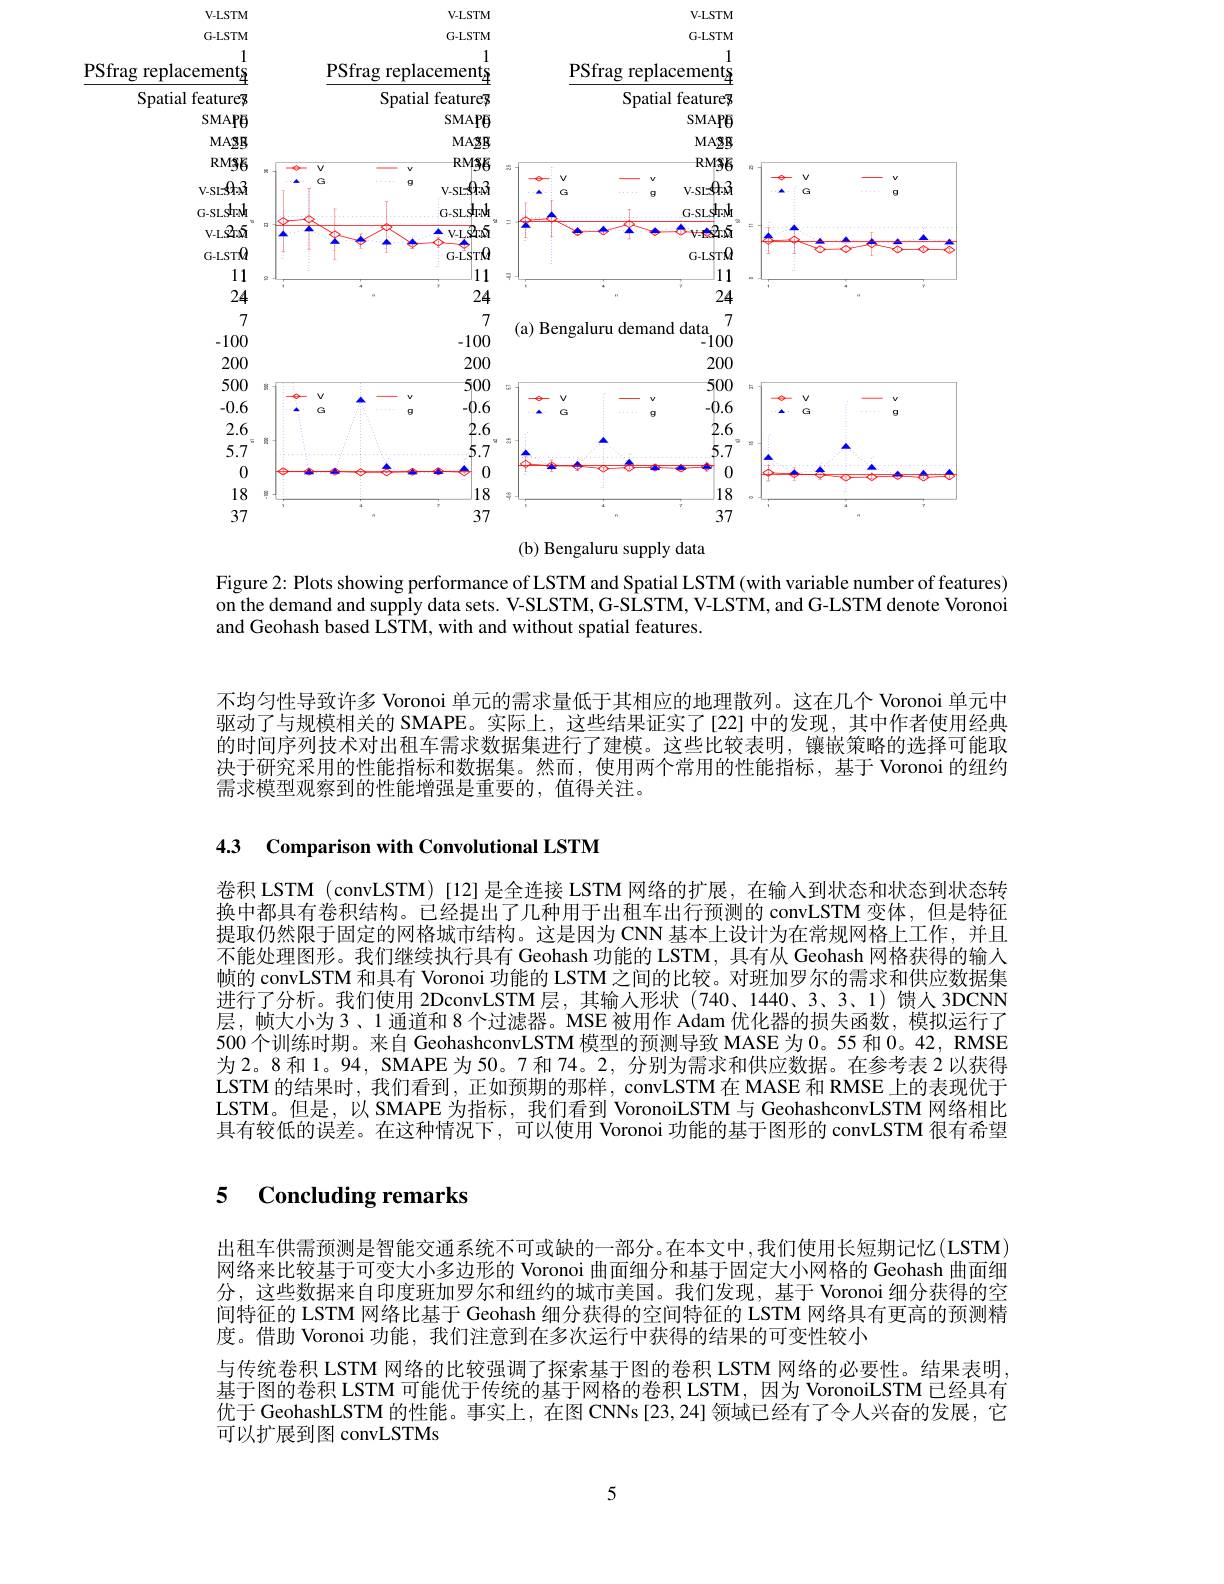
PSfrag

Spatial
<FigureHere>
(b) Bengaluru supply data

Figure 2: Plots showing performance of LSTM and Spatial LSTM (with variable number of features) on the demand and supply data sets. V-SLSTM, G-SLSTM, V-LSTM, and G-LSTM denote Voronoi and Geohash based LSTM, with and without spatial features.

不均匀性导致许多 Voronoi 单元的需求量低于其相应的地理散列。这在几个 Voronoi 单元中驱动了与规模相关的 SMAPE。实际上，这些结果证实了[22]中的发现，其中作者使用经典的时间序列技术对出租车需求数据集进行了建模。这些比较表明，镶嵌策略的选择可能取决于研究采用的性能指标和数据集。然而，使用两个常用的性能指标，基于 Voronoi 的纽约需求模型观察到的性能增强是重要的，值得关注。

4.3 Comparison with Convolutional LSTM

卷积 LSTM (convLSTM) [12]是全连接 LSTM 网络的扩展，在输入到状态和状态到状态转换中都具有卷积结构。已经提出了几种用于出租车出行预测的 convLSTM 变体，但是特征提取仍然限于固定的网格城市结构。这是因为 CNN 基本上设计为在常规网格上工作，并且不能处理图形。我们继续执行具有 Geohash 功能的 LSTM, 具有从 Geohash 网格获得的输人帧的 convLSTM 和具有 Voronoi 功能的 LSTM 之间的比较。对班加罗尔的需求和供应数据集进行了分析。我们使用 2DconvLSTM层，其输人形状(740、1440、3、3、1) 馈人 3DCNN 层，帧大小为3、1 通道和 8 个过滤器。MSE 被用作 Adam 优化器的损失函数，模拟运行了500个训练时期。来自 GeohashconvLSTM 模型的预测导致 MASE 为 0。55 和0。42, RMSE 为2。8 和 1。94, SMAPE 为 50。7 和 74。2, 分别为需求和供应数据。在参考表 2 以获得LSTM 的结果时，我们看到 , 正如预期的那样 , convLSTM 在 MASE 和 RMSE 上的表现优于LSTM。但是，以 SMAPE 为指标，我们看到 VoronoiLSTM 与 GeohashconvLSTM 网络相比具有较低的误差。在这种情况下，可以使用 Voronoi 功能的基于图形的 convLSTM 很有希望

# 5 $\textbf{Concluding remarks}$

出租车供需预测是智能交通系统不可或缺的一部分。在本文中，我们使用长短期记忆(LSTM) 网络来比较基于可变大小多边形的 Voronoi 曲面细分和基于固定大小网格的 Geohash 曲面细分，这些数据来自印度班加罗尔和纽约的城市美国。我们发现，基于 Voronoi 细分获得的空间特征的 LSTM 网络比基于 Geohash 细分获得的空间特征的 LSTM 网络具有更高的预测精度。借助 Voronoi 功能，我们注意到在多次运行中获得的结果的可变性较小
与传统卷积 LSTM 网络的比较强调了探索基于图的卷积 LSTM 网络的必要性。结果表明， 基于图的卷积 LSTM 可能优于传统的基于网格的卷积 LSTM,因为 VoronoiLSTM 已经具有优于 GeohashLSTM 的性能。事实上，在图 CNNs[23,24] 领域已经有了令人兴奋的发展，它可以扩展到图 convLSTMs

5